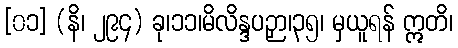
[၀၁] (နိ၊ ၂၉၄) ခု၊၁၁၊မိလိန္ဒပဉှာ၊၃၅၊ မှယူရန် ဣတိ၊